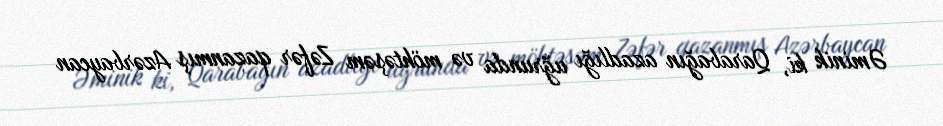
Əminik ki, Qarabağın azadlığı uğrunda və möhtəşəm Zəfər qazanmış Azərbaycan